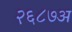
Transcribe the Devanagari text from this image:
२६८७अ